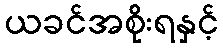
ယခင်အစိုးရနှင့်